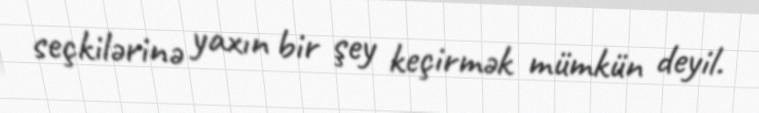
seçkilərinə yaxın bir şey keçirmək mümkün deyil.